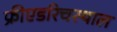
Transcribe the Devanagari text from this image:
फ्रीएडरिचस्थाल